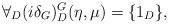
LaTeX: \begin{align*}\forall_D(i\delta_G)^G_D(\eta,\mu) = \{1_D\},\end{align*}